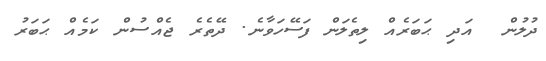
ދުލުން  އަދި ޙަބަރެއް ލިތެލަން ފަސޭހަވާނެ. ދޭތެރެ ޖެއްސުން ކަމެއް ޙަބަރު